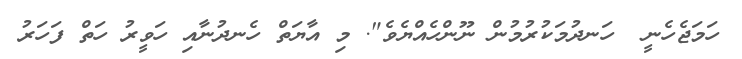
ހަމަޖެހެނީ  ހަނދުމަކުރުމުން ނޫންހެއްޔެވެ". މި އާޔަތް ހެނދުނާއި ހަވީރު ހަތް ފަހަރު